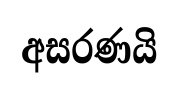
අසරණයි